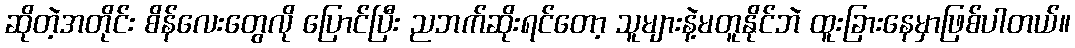
ဆိုတဲ့အတိုင်း စိန်လေးတွေလို ပြောင်ပြီး ညဘက်ဆိုးရင်တော့ သူများနဲ့မတူနိုင်ဘဲ ထူးခြားနေမှာဖြစ်ပါတယ်။